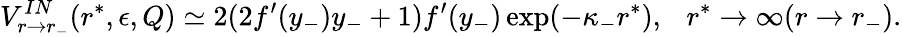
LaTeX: V_{r\to r_{-}}^{IN}(r^{*},\epsilon,Q)\simeq 2(2f^{\prime}(y_{-})y_{-}+1)f^{\prime}(y_{-})\exp(-\kappa_{-}r^{*}),~~~r^{*}\to\infty(r\to r_{-}).